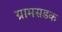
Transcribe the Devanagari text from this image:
ग्रामसडक